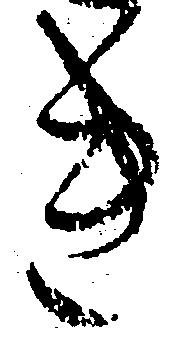
き